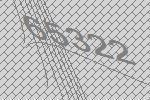
65322